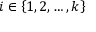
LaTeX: i \in \left\{ { 1 , 2 , \dots , k } \right\}